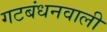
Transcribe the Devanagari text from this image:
गटबंधनवाली